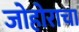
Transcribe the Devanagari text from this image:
जोहोराचा